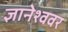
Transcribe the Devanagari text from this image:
ज्ञानेश्ववर